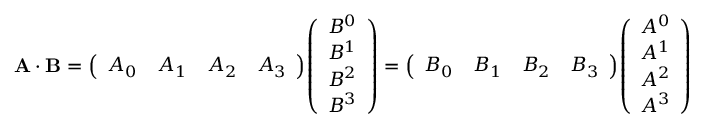
\mathbf { A \cdot B } = { \left( \begin{array} { l l l l } { A _ { 0 } } & { A _ { 1 } } & { A _ { 2 } } & { A _ { 3 } } \end{array} \right) } { \left( \begin{array} { l } { B ^ { 0 } } \\ { B ^ { 1 } } \\ { B ^ { 2 } } \\ { B ^ { 3 } } \end{array} \right) } = { \left( \begin{array} { l l l l } { B _ { 0 } } & { B _ { 1 } } & { B _ { 2 } } & { B _ { 3 } } \end{array} \right) } { \left( \begin{array} { l } { A ^ { 0 } } \\ { A ^ { 1 } } \\ { A ^ { 2 } } \\ { A ^ { 3 } } \end{array} \right) }